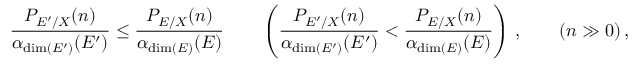
\frac { P _ { { E } ^ { \prime } / X } ( n ) } { \alpha _ { \dim ( { E } ^ { \prime } ) } ( { E } ^ { \prime } ) } \le \frac { P _ { { E } / X } ( n ) } { \alpha _ { \dim ( { E } ) } ( { E } ) } \quad \quad \left( \frac { P _ { { E } ^ { \prime } / X } ( n ) } { \alpha _ { \dim ( { E } ^ { \prime } ) } ( { E } ^ { \prime } ) } < \frac { P _ { { E } / X } ( n ) } { \alpha _ { \dim ( { E } ) } ( { E } ) } \right) \, , \qquad ( n \gg 0 ) \, ,